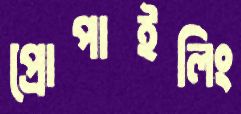
প্রোপাইলিং